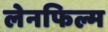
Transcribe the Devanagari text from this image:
लेनफिल्म